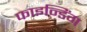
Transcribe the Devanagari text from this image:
फाइन्डिंग